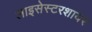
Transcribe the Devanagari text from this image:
लाइसेस्टरशायर